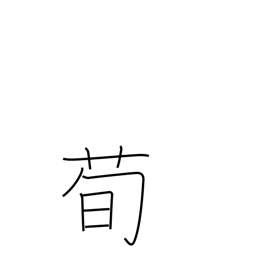
Meaning: type of plant